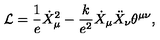
{ \cal L } = \frac { 1 } { e } \dot { X } _ { \mu } ^ { 2 } - \frac { k } { e ^ { 2 } } \dot { X } _ { \mu } \ddot { X } _ { \nu } \theta ^ { \mu \nu } ,